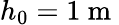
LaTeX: h_{0}=1\mathrm{~m~}